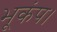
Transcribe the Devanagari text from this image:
भूकंप।